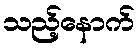
သည့်နောက်